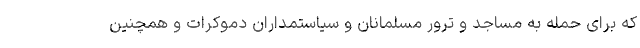
که برای حمله به مساجد و ترور مسلمانان و سیاستمداران دموکرات و همچنین